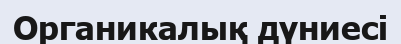
Органикалық дүниесі